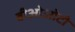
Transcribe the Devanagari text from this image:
बीओओटी